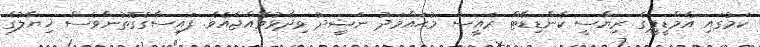
ކަމުގައި އެމްޑީޕީގެ ރިޔާސީ ކެންޑިޑޭޓް ރައީސް މުޙައްމަދު ނަޝީދު ވިދާޅުވެއްޖެއެވެ. ފައިސާގެގޮތުންވެސް ޚިޔާލުގެ